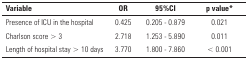
<table><thead><tr><td><b>Variable</b></td><td><b>OR</b></td><td><b>95%CI</b></td><td><b>p value*</b></td></tr></thead><tbody><tr><td>Presence of ICU in the hospital</td><td>0.425</td><td>0.205 - 0.879</td><td>0.021</td></tr><tr><td>Charlson score &gt; 3</td><td>2.718</td><td>1.253 - 5.890</td><td>0.011</td></tr><tr><td>Length of hospital stay &gt; 10 days</td><td>3.770</td><td>1.800 - 7.860</td><td>&lt; 0.001</td></tr></tbody></table>